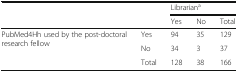
| <ROWSPAN=2-COLSPAN=2>  | <COLSPAN=3> Librariana |
 | Yes | No | Total |
 | --- | --- | --- | --- | --- |
 | <ROWSPAN=3> PubMed4Hh used by the post-doctoral research fellow | Yes | 94 | 35 | 129 |
 | No | 34 | 3 | 37 |
 | Total | 128 | 38 | 166 |